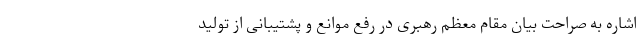
اشاره به صراحت بیان مقام معظم رهبری در رفع موانع و پشتیبانی از تولید